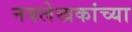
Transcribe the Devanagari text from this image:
नवलेखकांच्या